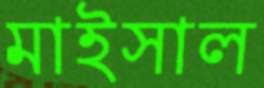
মাইসাল